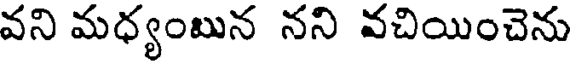
వని మధ్యంబున నని వచియించెను